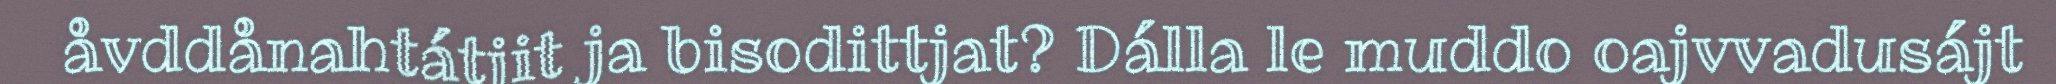
åvddånahtátjit ja bisodittjat? Dálla le muddo oajvvadusájt